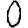
Digit: 0